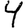
Digit: 4